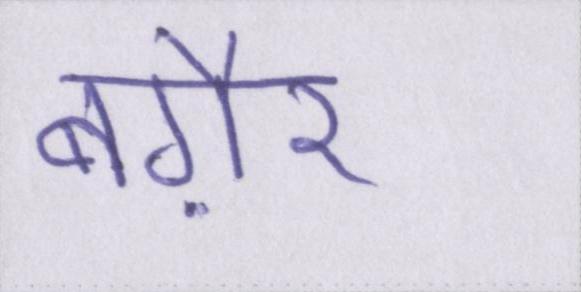
बग़ैर